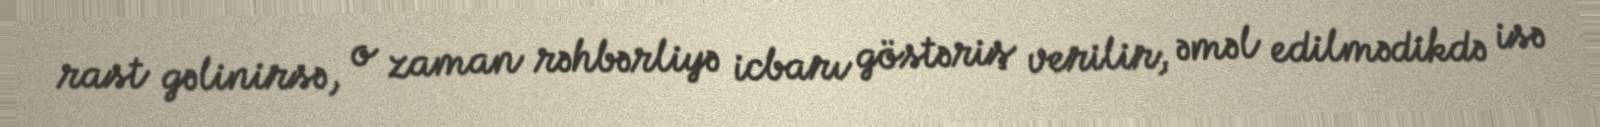
rast gəlinirsə, o zaman rəhbərliyə icbarı göstəriş verilir, əməl edilmədikdə isə